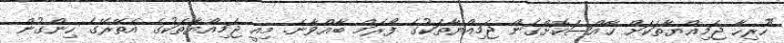
"ހުރިހާ ޖަމިއްޔާތަކަށް ޚާއްޞަކޮށްގެން ޖަމިއްޔާތަކުގެ ފޯރަމް ބާއްވާނެ. މިއީ ޖަމިއްޔާތަކުގެ އެތޭރޭގެ ހިންގުން